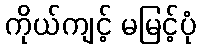
ကိုယ်ကျင့် မမြင့်ပုံ